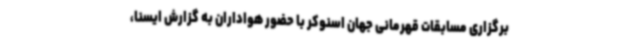
برگزاری مسابقات قهرمانی جهان اسنوکر با حضور هواداران به گزارش ایسنا،